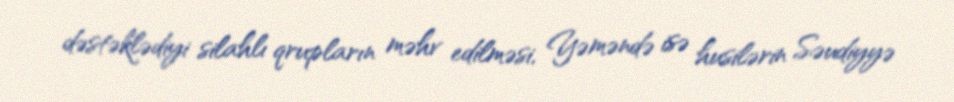
dəstəklədiyi silahlı qrupların məhv edilməsi, Yəməndə isə husilərin Səudiyyə